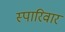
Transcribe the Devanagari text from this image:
स्पारिवार